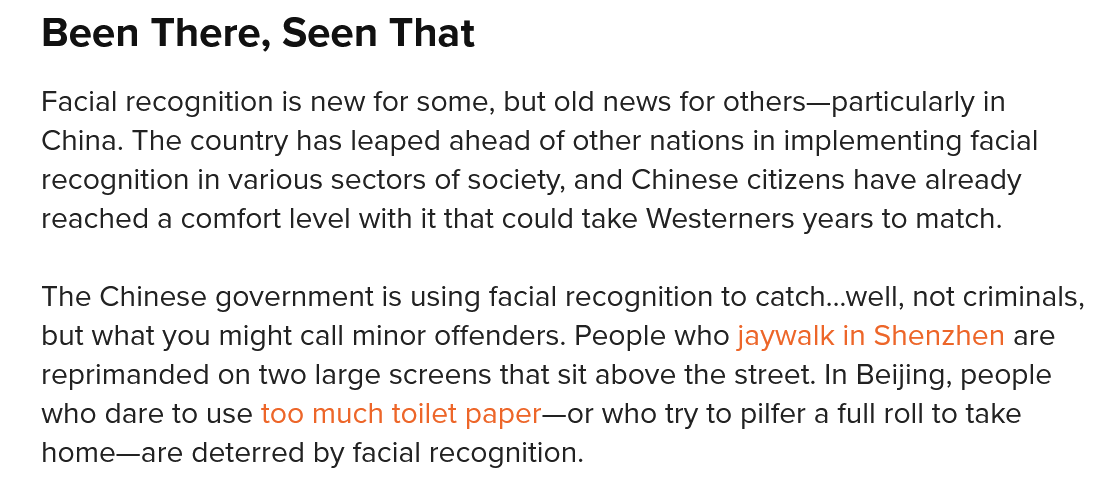
Been   There,   Seen   That
   The Chinese government is using facial recognition to catch...well, not criminals,
   but what you might call minor offenders. People who jaywalk in Shenzhen are
   reprimanded  on two large screens that sit above the street. In Beijing, people
   who dare to use too much toilet paper—or who try to pilfer a full roll to take
   home—are deterred by  facial recognition.
   Facial recognition is new for some, but old news for others—particularly in
   China. The country has leaped ahead of other nations in implementing facial
   recognition in various sectors of society, and Chinese citizens have already
   reached a comfort level with it that could take Westerners years to match.